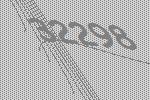
32298